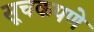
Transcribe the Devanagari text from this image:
सूचकपणे